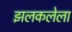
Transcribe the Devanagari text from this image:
झलकलेला